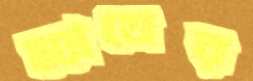
ম্যাঘের